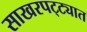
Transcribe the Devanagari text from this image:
साखरपट्ट्यात